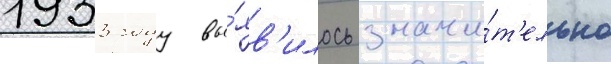
1933 году вы́яв'илось значи́т'ельно